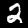
Digit: 2